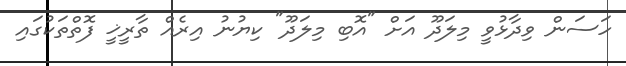
ހަސަން ވިދާޅުވީ މިލަދޫ އަށް "އޮބި މިލަދޫ" ކިޔުނު އިރެއް ތާރީޚީ ފޮތްތަކުގައި